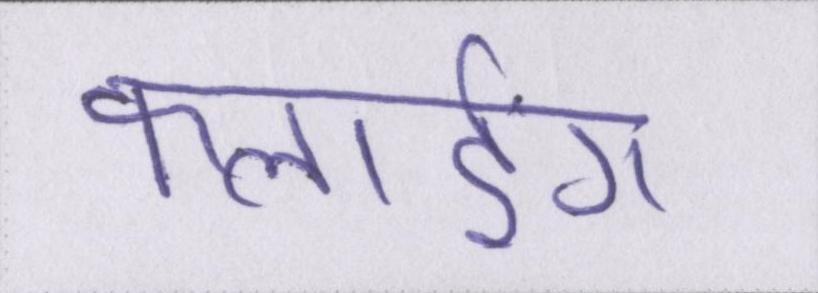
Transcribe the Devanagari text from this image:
फ्लाईंग